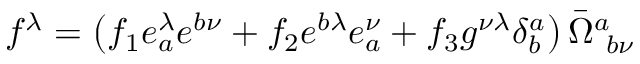
f ^ { \lambda } = \left( f _ { 1 } e _ { a } ^ { \lambda } e ^ { b \nu } + f _ { 2 } e ^ { b \lambda } e _ { a } ^ { \nu } + f _ { 3 } g ^ { \nu \lambda } \delta _ { b } ^ { a } \right) \bar { \Omega } _ { ~ b \nu } ^ { a }